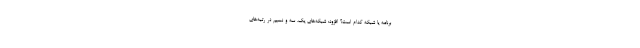
برنامه یا شبکه کدام است؟ افزود: شبکه‌های یک، سه و نسیم در رتبه‌های